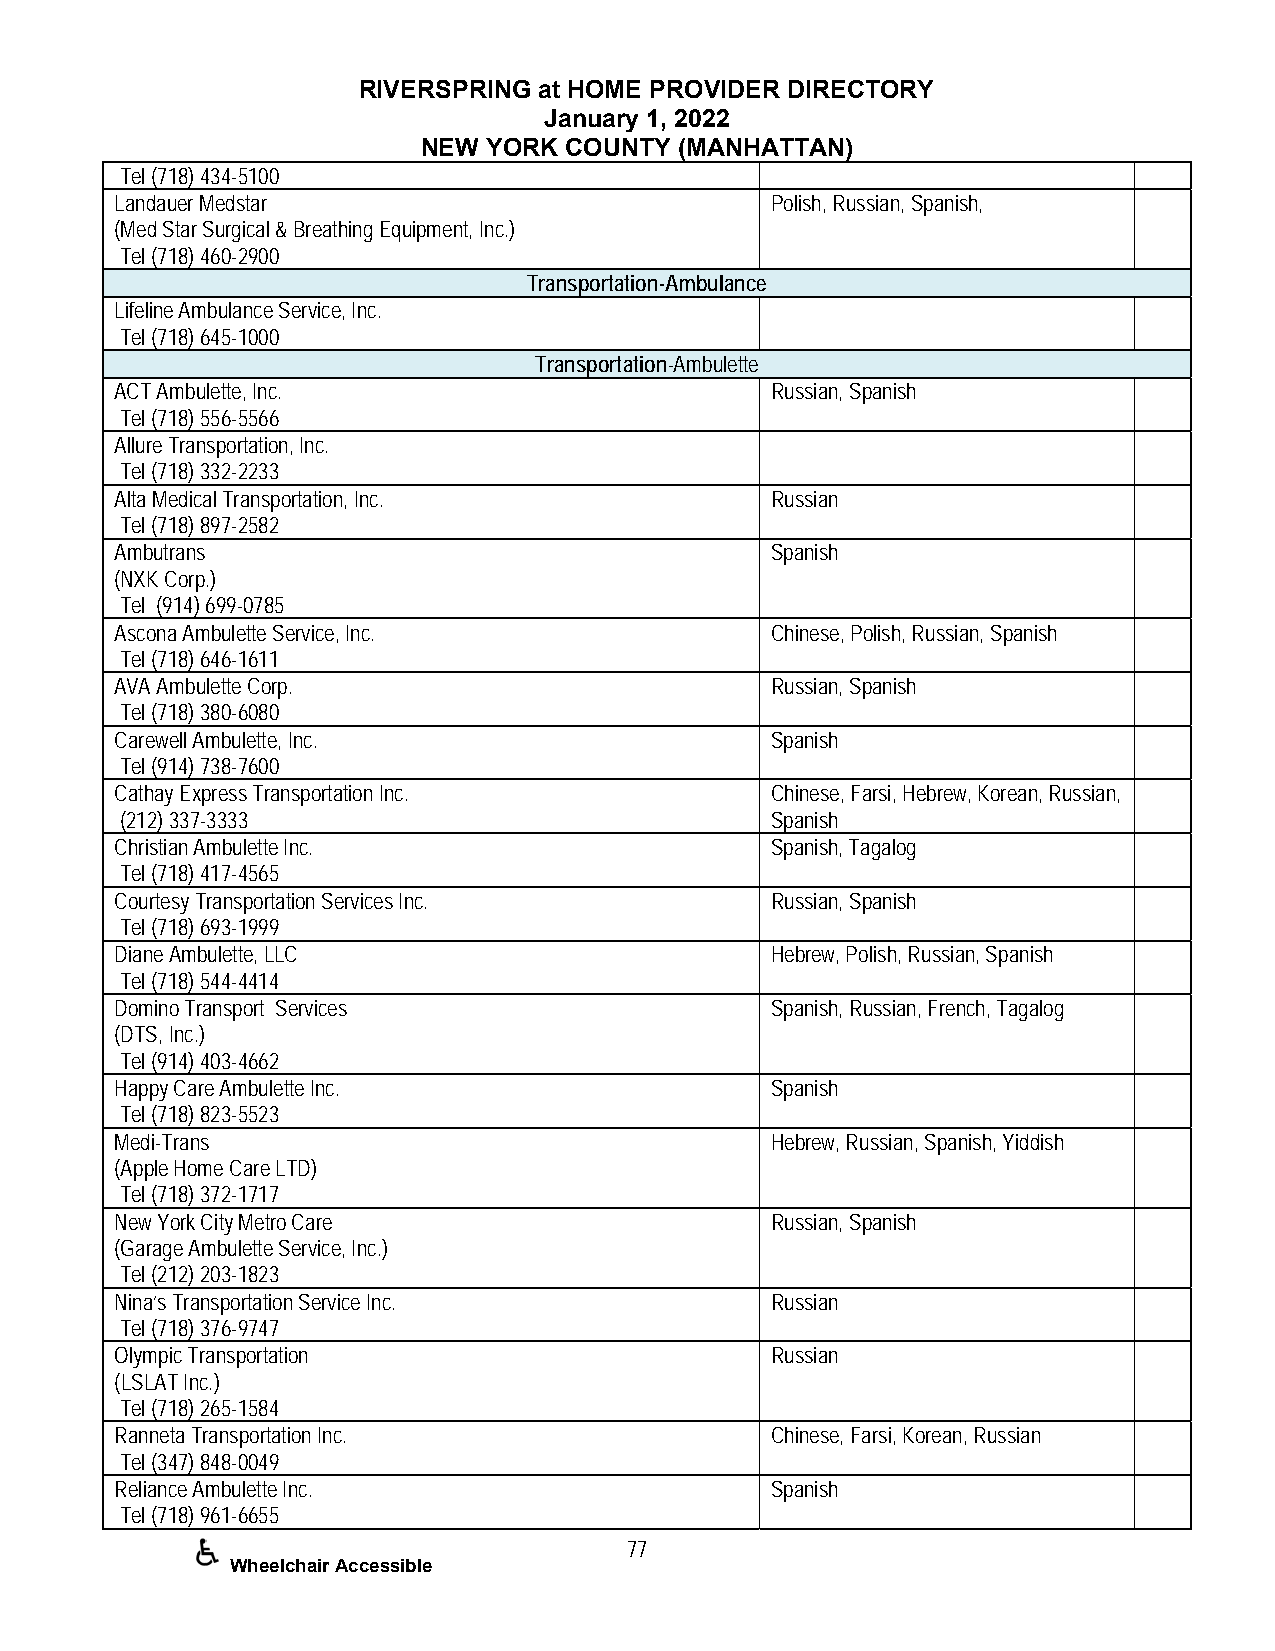
RIVERSPRING at HOME PROVIDER DIRECTORY
 January 1, 2022
 NEW YORK COUNTY  (MANHATTAN)
 Tel (718) 434-5100
 Landauer Medstar                           Polish, Russian, Spanish,
 (Med Star Surgical & Breathing Equipment, Inc.)
 Tel (718) 460-2900
 Transportation-Ambulance
 Lifeline Ambulance Service, Inc.
 Tel (718) 645-1000
 Transportation-Ambulette
 ACT Ambulette, Inc.                        Russian, Spanish
 Tel (718) 556-5566
 Allure Transportation, Inc.
 Tel (718) 332-2233
 Alta Medical Transportation, Inc.          Russian
 Tel (718) 897-2582
 Ambutrans                                  Spanish
 (NXK Corp.)
 Tel (914) 699-0785
 Ascona Ambulette Service, Inc.             Chinese, Polish, Russian, Spanish
 Tel (718) 646-1611
 AVA Ambulette Corp.                        Russian, Spanish
 Tel (718) 380-6080
 Carewell Ambulette, Inc.                   Spanish
 Tel (914) 738-7600
 Cathay Express Transportation Inc.         Chinese, Farsi, Hebrew, Korean, Russian,
 (212) 337-3333                             Spanish
 Christian Ambulette Inc.                   Spanish, Tagalog
 Tel (718) 417-4565
 Courtesy Transportation Services Inc.      Russian, Spanish
 Tel (718) 693-1999
 Diane Ambulette, LLC                       Hebrew, Polish, Russian, Spanish
 Tel (718) 544-4414
 Domino Transport Services                  Spanish, Russian, French, Tagalog
 (DTS, Inc.)
 Tel (914) 403-4662
 Happy Care Ambulette Inc.                  Spanish
 Tel (718) 823-5523
 Medi-Trans                                 Hebrew, Russian, Spanish, Yiddish
 (Apple Home Care LTD)
 Tel (718) 372-1717
 New York City Metro Care                   Russian, Spanish
 (Garage Ambulette Service, Inc.)
 Tel (212) 203-1823
 Nina’s Transportation Service Inc.         Russian
 Tel (718) 376-9747
 Olympic Transportation                     Russian
 (LSLAT Inc.)
 Tel (718) 265-1584
 Ranneta Transportation Inc.                Chinese, Farsi, Korean, Russian
 Tel (347) 848-0049
 Reliance Ambulette Inc.                    Spanish
 Tel (718) 961-6655
 77
 Wheelchair Accessible